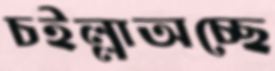
চইল্লাঅচ্ছে